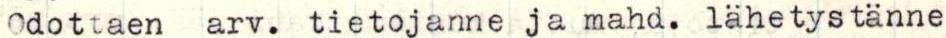
Odottaen arv. tietojanne ja mahd. lähetystänne